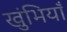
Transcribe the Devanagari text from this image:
खुंभियाँ